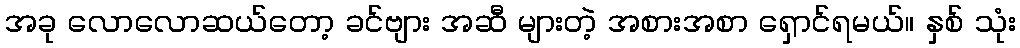
အခု လောလောဆယ်တော့ ခင်ဗျား အဆီ များတဲ့ အစားအစာ ရှောင်ရမယ်။ နှစ် သုံး